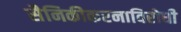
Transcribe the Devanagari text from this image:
सैनिकीकरनाविरोधी